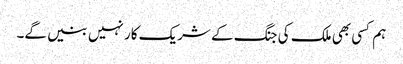
ہم کسی بھی ملک کی جنگ کے شریک کار نہیں بنیں گے۔